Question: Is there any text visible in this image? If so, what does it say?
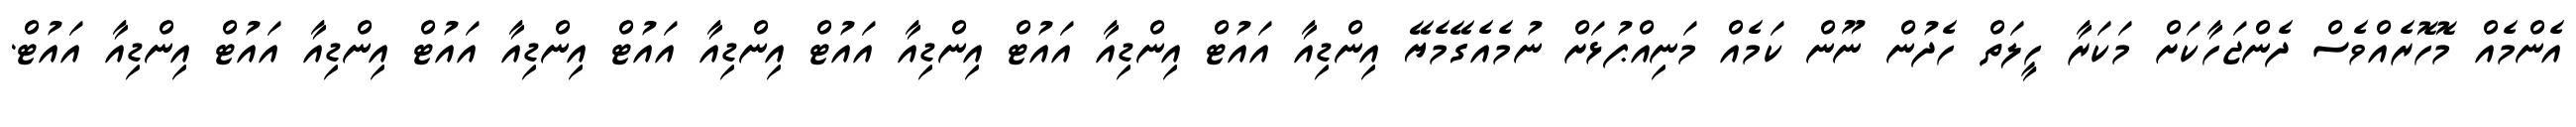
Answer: އެންމެއް މޮހޮރެއްވެސް ދެންޖަހާކަށް މަކަރާ ހީލަތް ހެދުން ނޫން ކަމެއް މަނިއްޕުޅަށް ނުމެއެގޭމެޔޭ އިންޑިއާ އައުޓް އިންޑިއާ އައުޓް އިންޑިއާ އައުޓް އިންޑިއާ އައުޓް އިންޑިއާ އައުޓް އިންޑިއާ އައުޓް އިންޑިއާ އައުޓް.